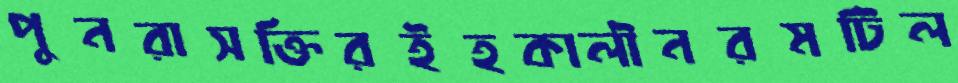
পুনরাসক্তিরইহকালীনরমটিল